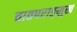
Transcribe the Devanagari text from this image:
वातपराङ्‌मुख